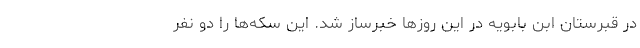
در قبرستان ابن بابویه در این روزها خبرساز شد. این سکه‌ها را دو نفر